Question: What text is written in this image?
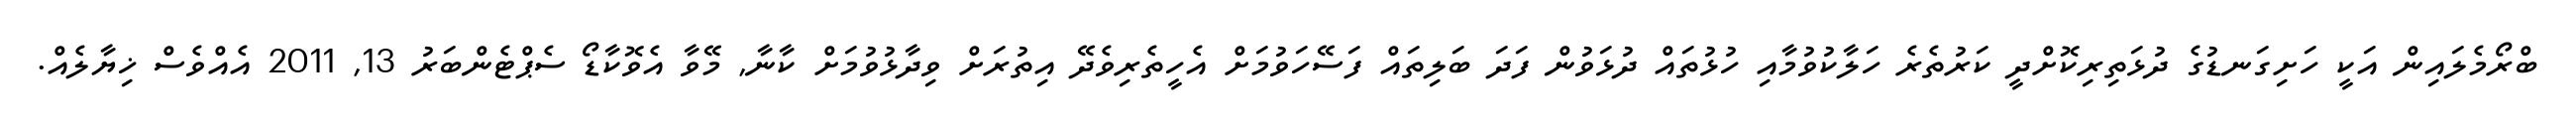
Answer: ބްރޯމެލައިން އަކީ ހަށިގަނޑުގެ ދުޅަތިރިކޮށްދީ ކަރުތެރެ ހަލާކުވުމާއި ހުޅުތައް ދުޅަވުން ފަދަ ބަލިތައް ފަސޭހަވުމަށް އެހީތެރިވެދޭ އިތުރަށް ވިދާޅުވުމަށް ކާނާ, މޭވާ އެވޮކާޑޯ ސެޕްޓެންބަރު 13, 2011 އެއްވެސް ޚިޔާލެއް.